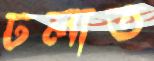
ঢলাত